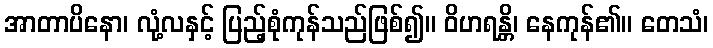
အာတာပိနော၊ လုံ့လနှင့် ပြည့်စုံကုန်သည်ဖြစ်၍။ ဝိဟရန္တိ၊ နေကုန်၏။ တေသံ၊